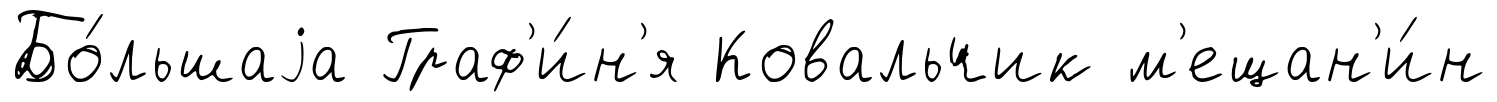
Бо́льшаjа Граф'и́н'я Ковальчик м'ещан'и́н